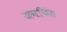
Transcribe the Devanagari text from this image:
जनपिंड